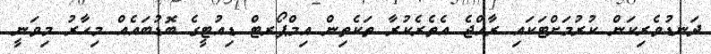
ދަނޑުވެރިކަން ކުރުމަށްޓަކައި ރާއްޖެ އެތެރެކުރާ ތަކެތިން އިމްޕޯރޓް ޑިއުޓީގެ ބޮޑުބައެއް މިހާރު މިވަނީ